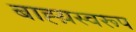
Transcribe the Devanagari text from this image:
बाह्य़स्वरूप